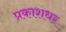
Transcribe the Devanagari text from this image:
प्रकाशधर